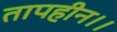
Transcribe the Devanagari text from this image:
तापहीन।।